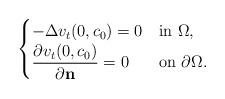
LaTeX: \begin{align*} \begin{cases}-\Delta v_t(0,c_0) = 0 & \mbox{in $\Omega$}, \\\dfrac{\partial v_t(0,c_0)}{\partial \mathbf{n}} = 0 & \mbox{on $\partial \Omega$}. \end{cases}\end{align*}